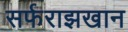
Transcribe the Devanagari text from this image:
सर्फराझखान